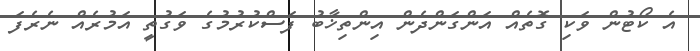
އެ ކޯޓުން ވަކި ގޮތެއް އަންގަންދެން އިންތިޚާބު ފަސްކުރުމުގެ ވަގުތީ އަމުރެއް ނެރެފަ